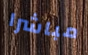
مباشرا